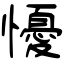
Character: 懮